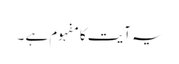
یہ آیت کا مفہوم ہے ۔